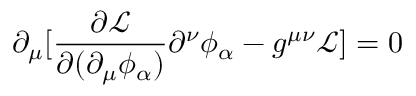
\partial _ { \mu } [ { \frac { \partial { \mathcal { L } } } { \partial ( \partial _ { \mu } \phi _ { \alpha } ) } } \partial ^ { \nu } \phi _ { \alpha } - g ^ { \mu \nu } { \mathcal { L } } ] = 0